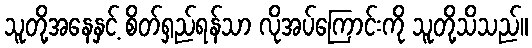
သူတို့အနေနှင့် စိတ်ရှည်ရန်သာ လိုအပ်ကြောင်းကို သူတို့သိသည်။